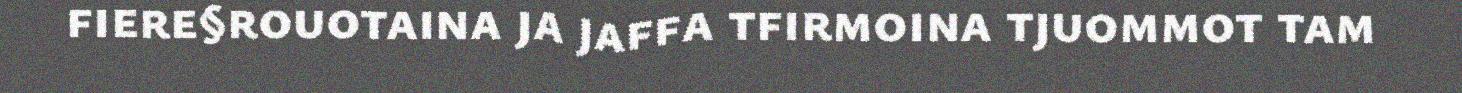
fiere§rouotaina ja jaffa tfirmoina tjuommot tam